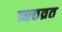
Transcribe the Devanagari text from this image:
ऋतव्रत